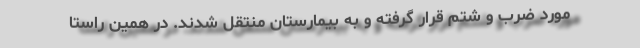
مورد ضرب و شتم قرار گرفته و به بیمارستان منتقل شدند. در همین راستا